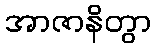
အာဇာနိတွာ